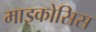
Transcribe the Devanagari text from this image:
माइकोसिस